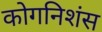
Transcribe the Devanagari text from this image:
कोगनिशंस